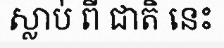
ស្លាប់ ពី ជាតិ នេះ